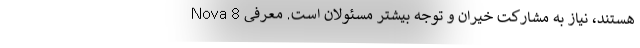
هستند، نیاز به مشارکت خیران و توجه بیشتر مسئولان است. معرفی Nova 8